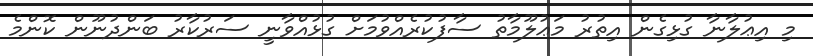
މި އިޢުލާނާ ގުޅިގެން އިތުރު މަޢުލޫމާތު ސާފުކުރެއްވުމަށް ގުޅުއްވާނީ ސަރުކާރު ބަންދުނޫން ކޮންމެ